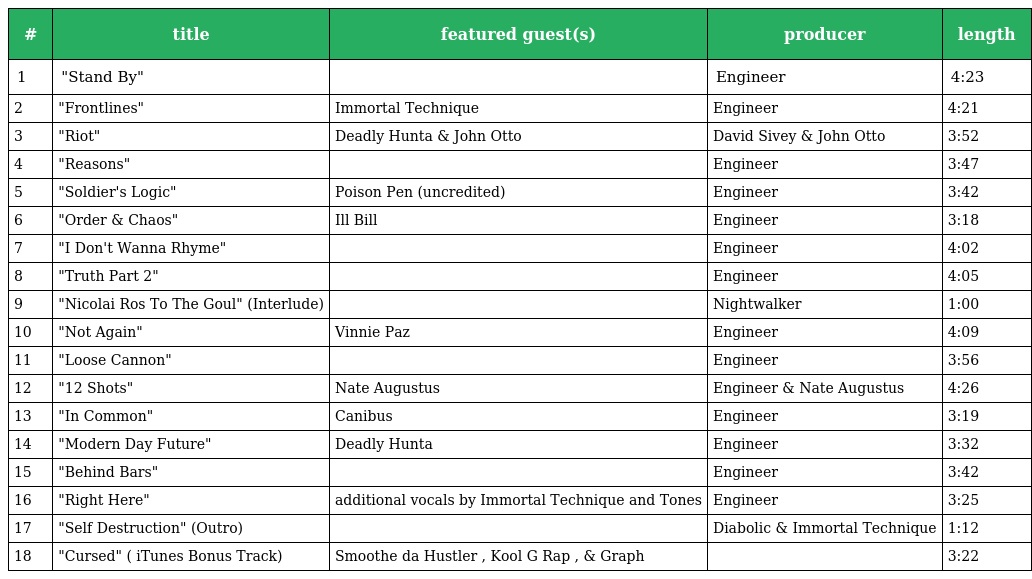
| # | title | featured guest(s) | producer | length |
 | --- | --- | --- | --- | --- |
 | 1 | "Stand By" |  | Engineer | 4:23 |
 | 2 | "Frontlines" | Immortal Technique | Engineer | 4:21 |
 | 3 | "Riot" | Deadly Hunta & John Otto | David Sivey & John Otto | 3:52 |
 | 4 | "Reasons" |  | Engineer | 3:47 |
 | 5 | "Soldier's Logic" | Poison Pen (uncredited) | Engineer | 3:42 |
 | 6 | "Order & Chaos" | Ill Bill | Engineer | 3:18 |
 | 7 | "I Don't Wanna Rhyme" |  | Engineer | 4:02 |
 | 8 | "Truth Part 2" |  | Engineer | 4:05 |
 | 9 | "Nicolai Ros To The Goul" (Interlude) |  | Nightwalker | 1:00 |
 | 10 | "Not Again" | Vinnie Paz | Engineer | 4:09 |
 | 11 | "Loose Cannon" |  | Engineer | 3:56 |
 | 12 | "12 Shots" | Nate Augustus | Engineer & Nate Augustus | 4:26 |
 | 13 | "In Common" | Canibus | Engineer | 3:19 |
 | 14 | "Modern Day Future" | Deadly Hunta | Engineer | 3:32 |
 | 15 | "Behind Bars" |  | Engineer | 3:42 |
 | 16 | "Right Here" | additional vocals by Immortal Technique and Tones | Engineer | 3:25 |
 | 17 | "Self Destruction" (Outro) |  | Diabolic & Immortal Technique | 1:12 |
 | 18 | "Cursed" ( iTunes Bonus Track) | Smoothe da Hustler , Kool G Rap , & Graph |  | 3:22 |